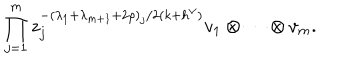
LaTeX: \prod _ { j = 1 } ^ { m } z _ { j } ^ { - ( \lambda _ { 1 } + \lambda _ { m + 1 } + 2 \rho ) _ { j } / 2 ( k + h ^ { \vee } ) } v _ { 1 } \otimes \cdots \otimes v _ { m } .